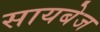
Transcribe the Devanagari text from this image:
सायबेज